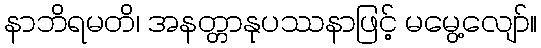
နာဘိရမတိ၊ အနတ္တာနုပဿနာဖြင့် မမွေ့လျော်။